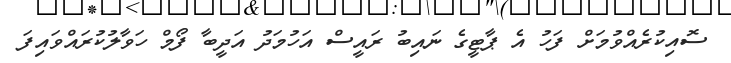
ސޮއިކުރެއްވުމަށް ފަހު އެ ޕާޓީގެ ނައިބު ރައީސް އަހުމަދު އަދީބާ ފޯމް ހަވާލުކުރައްވައިފަ